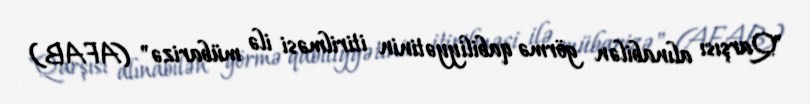
"Qarşısı alınabilən görmə qabiliyyətinin itirilməsi ilə mübarizə" (AFAB)